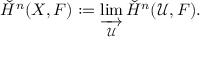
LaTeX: { \check { H } } ^ { n } ( X , F ) : = \varinjlim _ { \mathcal { U } } { \check { H } } ^ { n } ( { \mathcal { U } } , F ) .